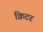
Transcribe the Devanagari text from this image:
क्रिटर